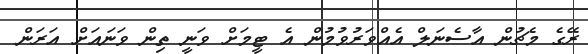
ރޭގެ މެޗުން އާސެނަލް އެއްވަރުވުމުން އެ ޓީމަށް ވަނީ ތިން ވަނައަށް އަރަން